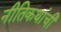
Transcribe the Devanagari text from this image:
नीतिकथांची